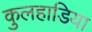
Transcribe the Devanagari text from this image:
कुलहाडिया